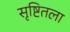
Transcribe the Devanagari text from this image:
सृष्टितला